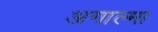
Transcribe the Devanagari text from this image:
अगाल्मा